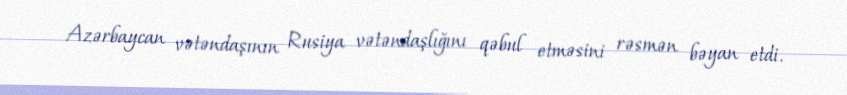
Azərbaycan vətəndaşının Rusiya vətəndaşlığını qəbul etməsini rəsmən bəyan etdi.